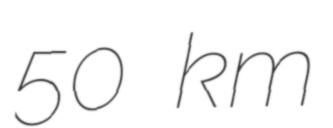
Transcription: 50 km